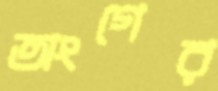
অংগের